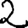
Digit: 2